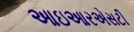
આઇઆરએસટી